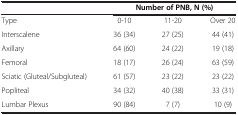
<table><thead><tr><td><b> </b></td><td colspan="3"><b>Number of PNB, N (%)</b></td></tr></thead><tbody><tr><td>Type</td><td>0-10</td><td>11-20</td><td>Over 20</td></tr><tr><td>Interscalene</td><td>36 (34)</td><td>27 (25)</td><td>44 (41)</td></tr><tr><td>Axillary</td><td>64 (60)</td><td>24 (22)</td><td>19 (18)</td></tr><tr><td>Femoral</td><td>18 (17)</td><td>26 (24)</td><td>63 (59)</td></tr><tr><td>Sciatic (Gluteal/Subgluteal)</td><td>61 (57)</td><td>23 (22)</td><td>23 (22)</td></tr><tr><td>Popliteal</td><td>34 (32)</td><td>40 (38)</td><td>33 (31)</td></tr><tr><td>Lumbar Plexus</td><td>90 (84)</td><td>7 (7)</td><td>10 (9)</td></tr></tbody></table>